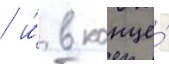
/ и́ в конце́